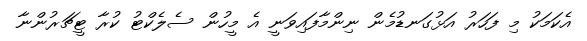
އެކަމަކު މި ފަހަރު އަޅުގަނޑުމެން ނިންމާފައިވަނީ އެ މީހުން ސެލެކްޓު ކުރާ ޓީޗަރުންނާ